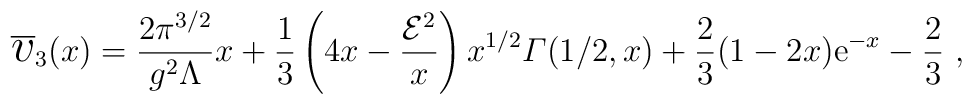
\overline{\mbox{\Large$v$}}_{3}(x)={2\pi^{3/2}\over g^{2}\Lambda}x+{1\over3}\left(4x-{{\cal E}^{2}\over x}\right)x^{1/2}{\mit\Gamma}(1/2,x)+{2\over3}(1-2x){\mathrm e}^{-x}-{2\over3}\ ,